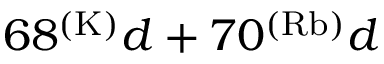
6 8 ^ { ( \mathrm { K ) } } d + 7 0 ^ { ( \mathrm { R b ) } } d